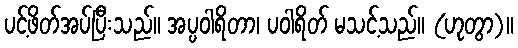
ပင့်ဖိတ်အပ်ပြီးသည်။ အပ္ပဝါရိတာ၊ ပဝါရိတ် မသင့်သည်။ (ဟုတွာ)။